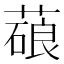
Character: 𦺫